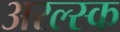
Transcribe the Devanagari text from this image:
अरल्स्क